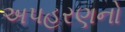
અપહરણનો